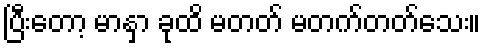
ပြီးတော့ မာနှာ ခုထိ မတတ် မတက်တတ်သေး။